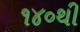
૧૪૦થી